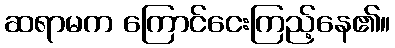
ဆရာမက ကြောင်ငေးကြည့်နေ၏။